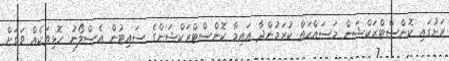
ރަށުގައި ކޮންސްޓްރަކްޝަން މަސައްކަތް ކުރަމުންދާ އައިމާ ކޮންސްޓްރަކްޝަންގެ ސައިޓުން އެސްލޯނު ހޮޅިތަކެއް ވަގަށް